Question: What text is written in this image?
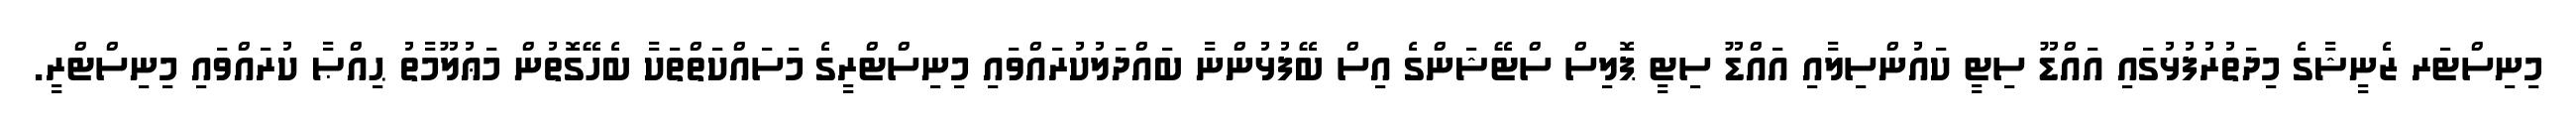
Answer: މިނިސްޓަރ ޒެނީޝާގެ މިދަތުރުފުޅުގައި އައްޑޫ ސިޓީ ކައުންސިލާއި އައްޑޫ ސިޓީ ޕޮލިސް ސްޓޭޝަންގެ އިސް ބޭފުޅުންނާ ބައްދަލުކުރައްވައި މިނިސްޓްރީގެ މަސައްކަތްތަކާ ބެހޭގޮތުން މަޢުލޫމާތު ޙިއްޞާ ކުރައްވައި މިނިސްޓްރީ.